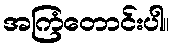
အကြံတောင်းပါ။